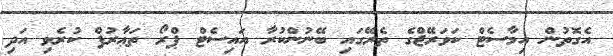
އެގޮތުން އިމާސެޓް ކަވަރޭޖްގެ ތެރޭގައި ބޭނުންކުރާ އައިސެޓް ޕްރޯ ތަޢާރުފް ކުރެވި އަދި